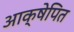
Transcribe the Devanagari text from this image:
आक्षेपित